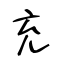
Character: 充